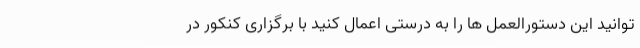
توانید این دستورالعمل ها را به درستی اعمال کنید با برگزاری کنکور در